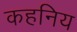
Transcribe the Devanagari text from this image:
कहनिय